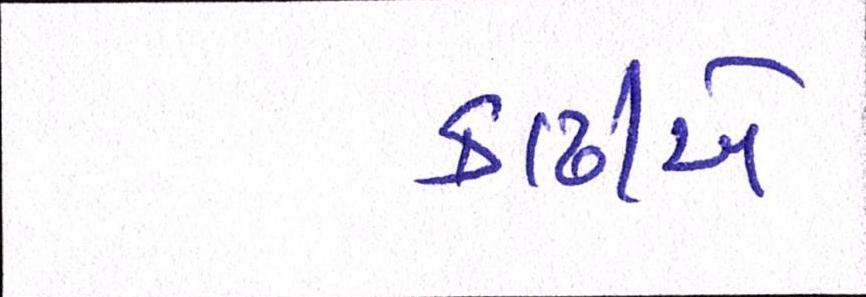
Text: કાઢીએ